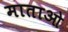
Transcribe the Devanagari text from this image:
माताओ